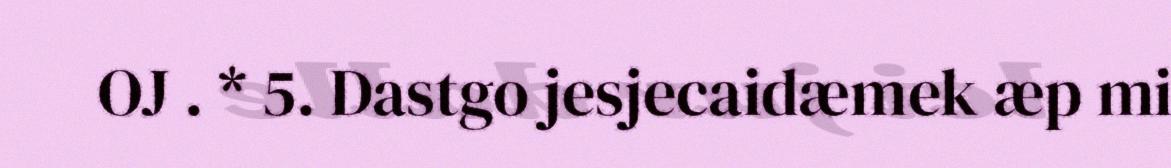
OJ . * 5. Dastgo jesjecaidæmek æp mi